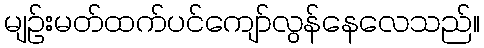
မျဉ်းမတ်ထက်ပင်ကျော်လွန်နေလေသည်။